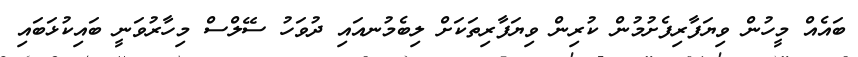
ބައެއް މީހުން ވިޔަފާރިފެށުމުން ކުރިން ވިޔަފާރިތަކަށް ލިބެމުނއައި ދުވަހު ސޭލްސް މިހާރުވަނީ ބައިކުޅަބައި